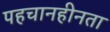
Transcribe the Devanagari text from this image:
पहचानहीनता